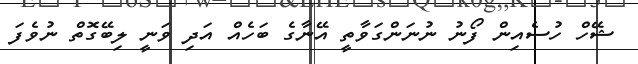
ޝޭހް ހުސެއިން ފޯނު ނުނަންގަވާތީ އޭނާގެ ބަހެއް އަދި ވަނީ ލިބޭގޮތް ނުވެފަ